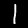
Label: 1